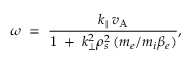
\omega \; = \; \frac { k _ { \| } \, v _ { \mathrm { A } } } { 1 \; + \; k _ { \bot } ^ { 2 } \rho _ { s } ^ { 2 } \, ( m _ { e } / m _ { i } \beta _ { e } ) } ,